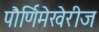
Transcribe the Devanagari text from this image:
पौर्णिमेखेरीज